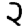
Digit: 2